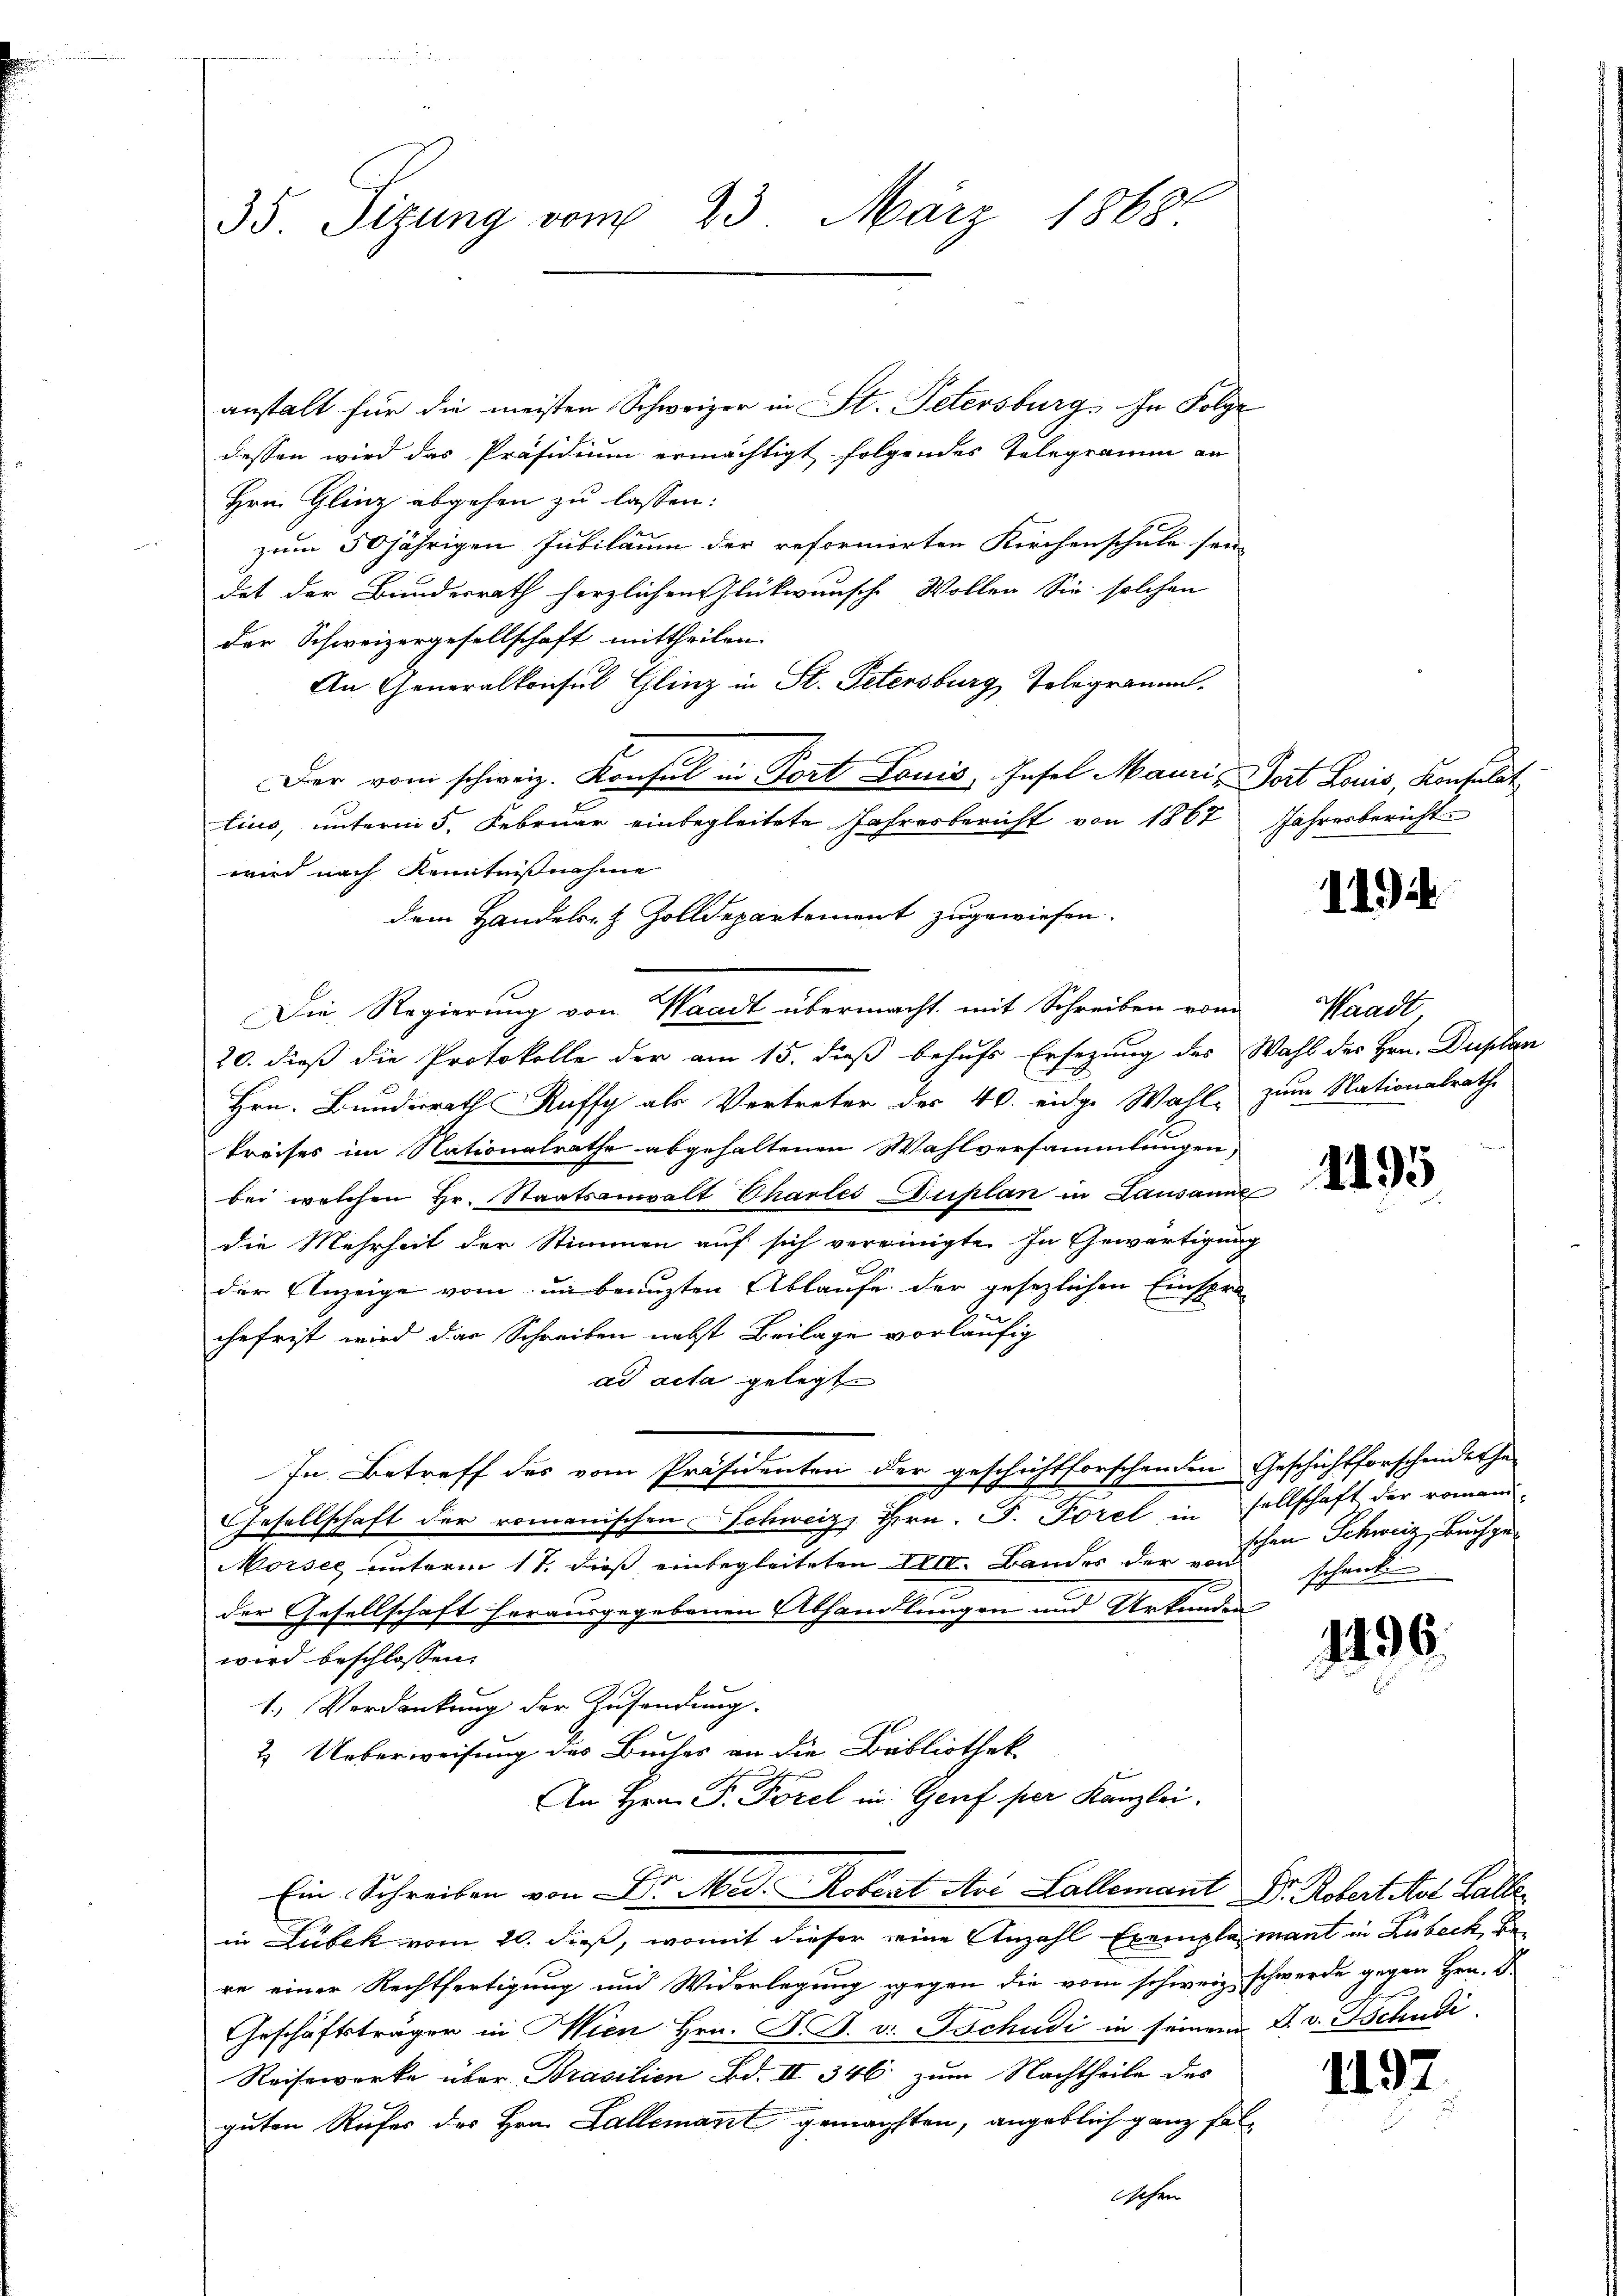
35 Sizung vom 23. März 1868

anstalt für die meisten Schweizer in St. Petersburg. In Folge
dessen wird das Präsidium ermächtigt folgendes Telegramm an
Hrn. Glinz abgehen zu lassen:
zum 50jährigen Jubiläum der reformirten Kirchenschule son
det der Bundesrath herzlichen Glückwunsche Wollen Sie solchen
der Schweizergesellschaft mittheilen.
An Generalkonsuls Glinz in St. Petersburg, Telegramm.
Der vom schweiz. Konsul in Port Louis, Insel Mauri - Port Louis, Konsulat
tius, unterm 5. Februar einbegleitete Jahresbericht von 1867
wird nach Kenntnißnahme
dem Handels- & Zolldepartement zugewiesen.
Die Regierung von Waadt übermacht mit Schreiben vom Waadt,
20. dieß die Protokolle der am 15. dieß behufs Ersezung des Wahl des Hrn. Duplan
Hrn. Bunderath Kuffy als Vertreter der 40. eidge Wahl-
kreises im Nationalrathe abgehaltenen Wahlversammlungen,
bei welchen Hr. Staatsanwalt Charlei Duplan in Lausanne
die Mehrheit der Stimmen auf sich vereinigte. In Gewärtigung
der Anzeige vom in beauften Ablaufe der gesezlichen Einspra-
chefrist wird das Schreiben nebst Beilage vorläufig
ad acta gelegt.
In Betreff des vom Präsidenten der geschichtforschenden Geschichtforscheiderhe¬
Gesellschaft der romanischen Schweiz, Hern. F. Forel in sellschaft der romani-
Morsee unterm 17. dieß einbegleiteten IIII. Bandes der von
s
der Gesellschaft herausgegebenen Abhandlungen und Urkunden
wird beschlossen:
1.) Verdankung der Zusendung.
2. Ueberweisung des Buches an die Bibliothek
An Hrn. F. Forel in Genf per Kanzlei.
Ein Schreiben von Dr. Med. Robert Uri Lallemant Dr. Robert Art. Balle
in Lubek vom 20. dieß, womit dieser eine Anzahl Exemplamant in Lübeck, Bere einer Rechtfertigung und Widerlegung gegen die vom schweiz schwerde gegen Hrn. F
Geschäftsträger in Wien Hrn. F. B. v. Tschudi in seinem J. v. Tschudi
Reisewirke über Brasilien Bd. III 346 zum Nachtheile des
guten Rufer des Hrn. Lallemant gemachten, angeblich ganz fal¬
Wehen

Jahresbericht.

1194

zum Nationalrath

d

1195

schen Schweiz, Buchgeschende

1406.

149.